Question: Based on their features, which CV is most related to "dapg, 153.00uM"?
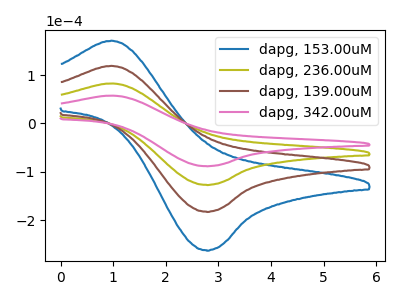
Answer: <think>The blue curve "dapg, 153.00uM" has an anodic peak at (0.95V, 248.30uA) and a cathodic peak at (2.75V, -380.25uA). The olive curve "dapg, 236.00uM" has an anodic peak at (0.95V, 82.75uA) and a cathodic peak at (2.75V, -126.75uA). The brown curve "dapg, 139.00uM" has an anodic peak at (0.95V, 165.55uA) and a cathodic peak at (2.75V, -253.50uA). The pink curve "dapg, 342.00uM" has an anodic peak at (0.95V, 57.60uA) and a cathodic peak at (2.75V, -88.20uA).
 All the peaks in "dapg, 153.00uM" have a peak in "dapg, 236.00uM" at the same potential. Every peak in "dapg, 153.00uM" is higher than every peak in "dapg, 236.00uM". All the peaks in "dapg, 153.00uM" have a peak in "dapg, 139.00uM" at the same potential. Every peak in "dapg, 153.00uM" is higher than every peak in "dapg, 139.00uM". All the peaks in "dapg, 153.00uM" have a peak in "dapg, 342.00uM" at the same potential. Every peak in "dapg, 153.00uM" is higher than every peak in "dapg, 342.00uM". All the peaks in "dapg, 236.00uM" have a peak in "dapg, 139.00uM" at the same potential. Every peak in "dapg, 236.00uM" is lower than every peak in "dapg, 139.00uM". All the peaks in "dapg, 236.00uM" have a peak in "dapg, 342.00uM" at the same potential. Every peak in "dapg, 236.00uM" is higher than every peak in "dapg, 342.00uM". All the peaks in "dapg, 139.00uM" have a peak in "dapg, 342.00uM" at the same potential. Every peak in "dapg, 139.00uM" is higher than every peak in "dapg, 342.00uM".</think>
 <answer>"dapg, 153.00uM", "dapg, 236.00uM" and "dapg, 139.00uM" have a similar shape to "dapg, 342.00uM".</answer>
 <eval>"dapg, 153.00uM" "dapg, 236.00uM" "dapg, 139.00uM"</eval>